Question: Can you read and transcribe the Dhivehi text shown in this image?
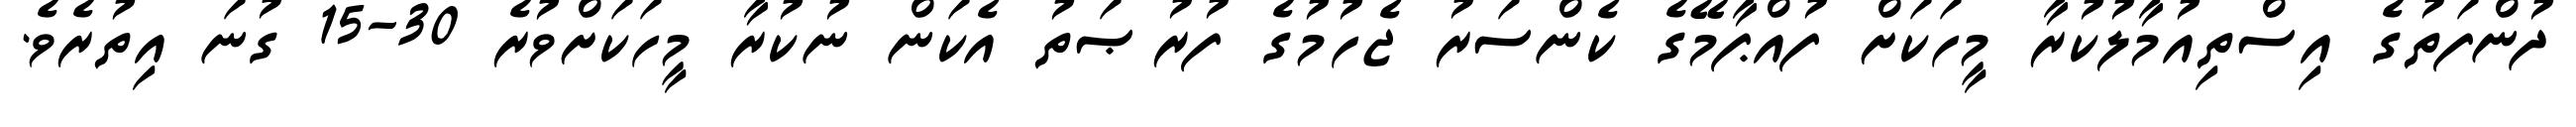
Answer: ދުންފަތުގެ އިސްތިއުމާލުކުރާ މީހަކަށް ފުއްޕާމޭގެ ކެންސަރު ޖެހުމުގެ ފުރުޞަތު އެކަން ނުކުރާ މީހަކަށްވުރެ 30-15 ގުނަ އިތުރެވެ.